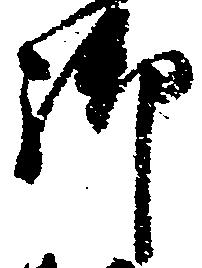
御